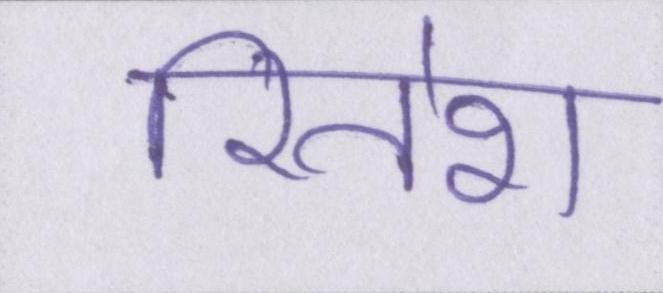
रितेश